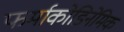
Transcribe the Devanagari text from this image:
फर्माकोडिनेमिक